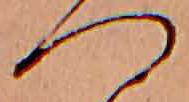
へ